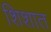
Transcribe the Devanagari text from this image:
शिशात